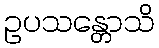
ဥပသန္တောသိ